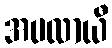
အပလာယီ